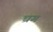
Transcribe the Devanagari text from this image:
घ्रग